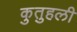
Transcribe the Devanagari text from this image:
कुतुहली